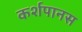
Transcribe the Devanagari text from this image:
कर्शपानस